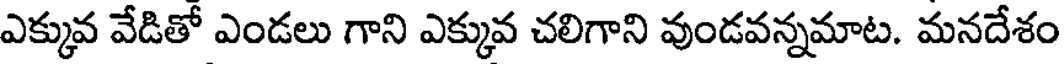
ఎక్కువ వేడితో ఎండలు గాని ఎక్కువ చలిగాని వుండవన్నమాట. మనదేశం